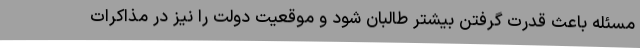
مسئله باعث قدرت گرفتن بیشتر طالبان شود و موقعیت دولت را نیز در مذاکرات